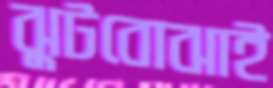
ঝুটবোঝাই